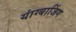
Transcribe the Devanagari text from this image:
यांग्बाजिंग